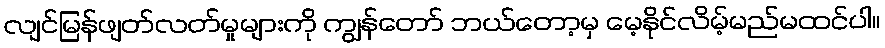
လျင်မြန်ဖျတ်လတ်မှုများကို ကျွန်တော် ဘယ်တော့မှ မေ့နိုင်လိမ့်မည်မထင်ပါ။